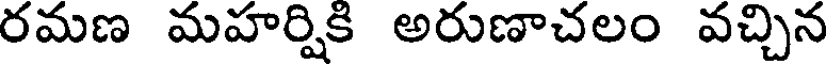
రమణ మహర్షికి అరుణాచలం వచ్చిన